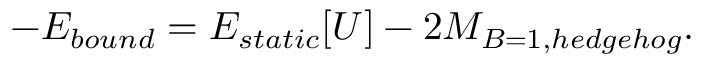
- E _ { b o u n d } = E _ { s t a t i c } [ U ] - 2 M _ { B = 1 , h e d g e h o g } .